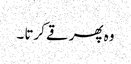
وہ پھر قے کرتا ۔